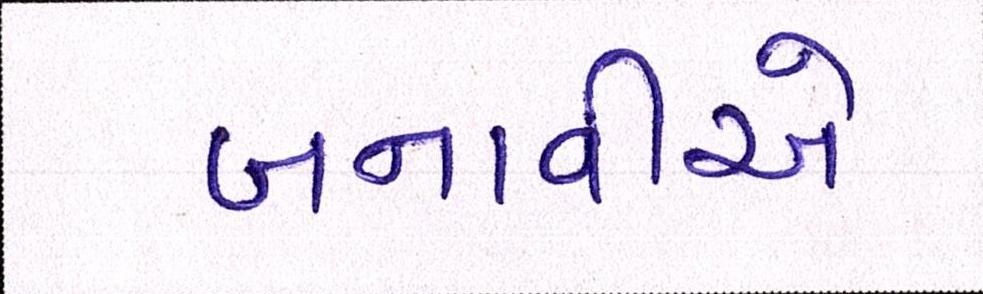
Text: બનાવીએ